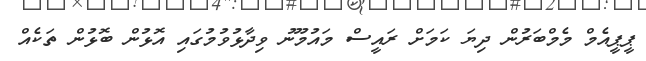
ޕީޕީއެމް މެމްބަރުން ދިޔަ ކަމަށް ރައީސް މައުމޫނު ވިދާޅުވުމުގައި އޮޅުން ބޮޅުން ތަކެއް